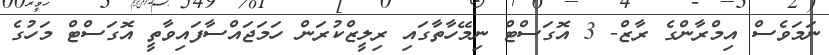
ނަމަވެސް އިމްރާންގެ ރާޒް- 3 އޮގަސްޓް ނިމޭހާތާގައި ރިލީޒްކުރަން ހަމަޖައްސާފައިވާތީ އޮގަސްޓް މަހުގެ